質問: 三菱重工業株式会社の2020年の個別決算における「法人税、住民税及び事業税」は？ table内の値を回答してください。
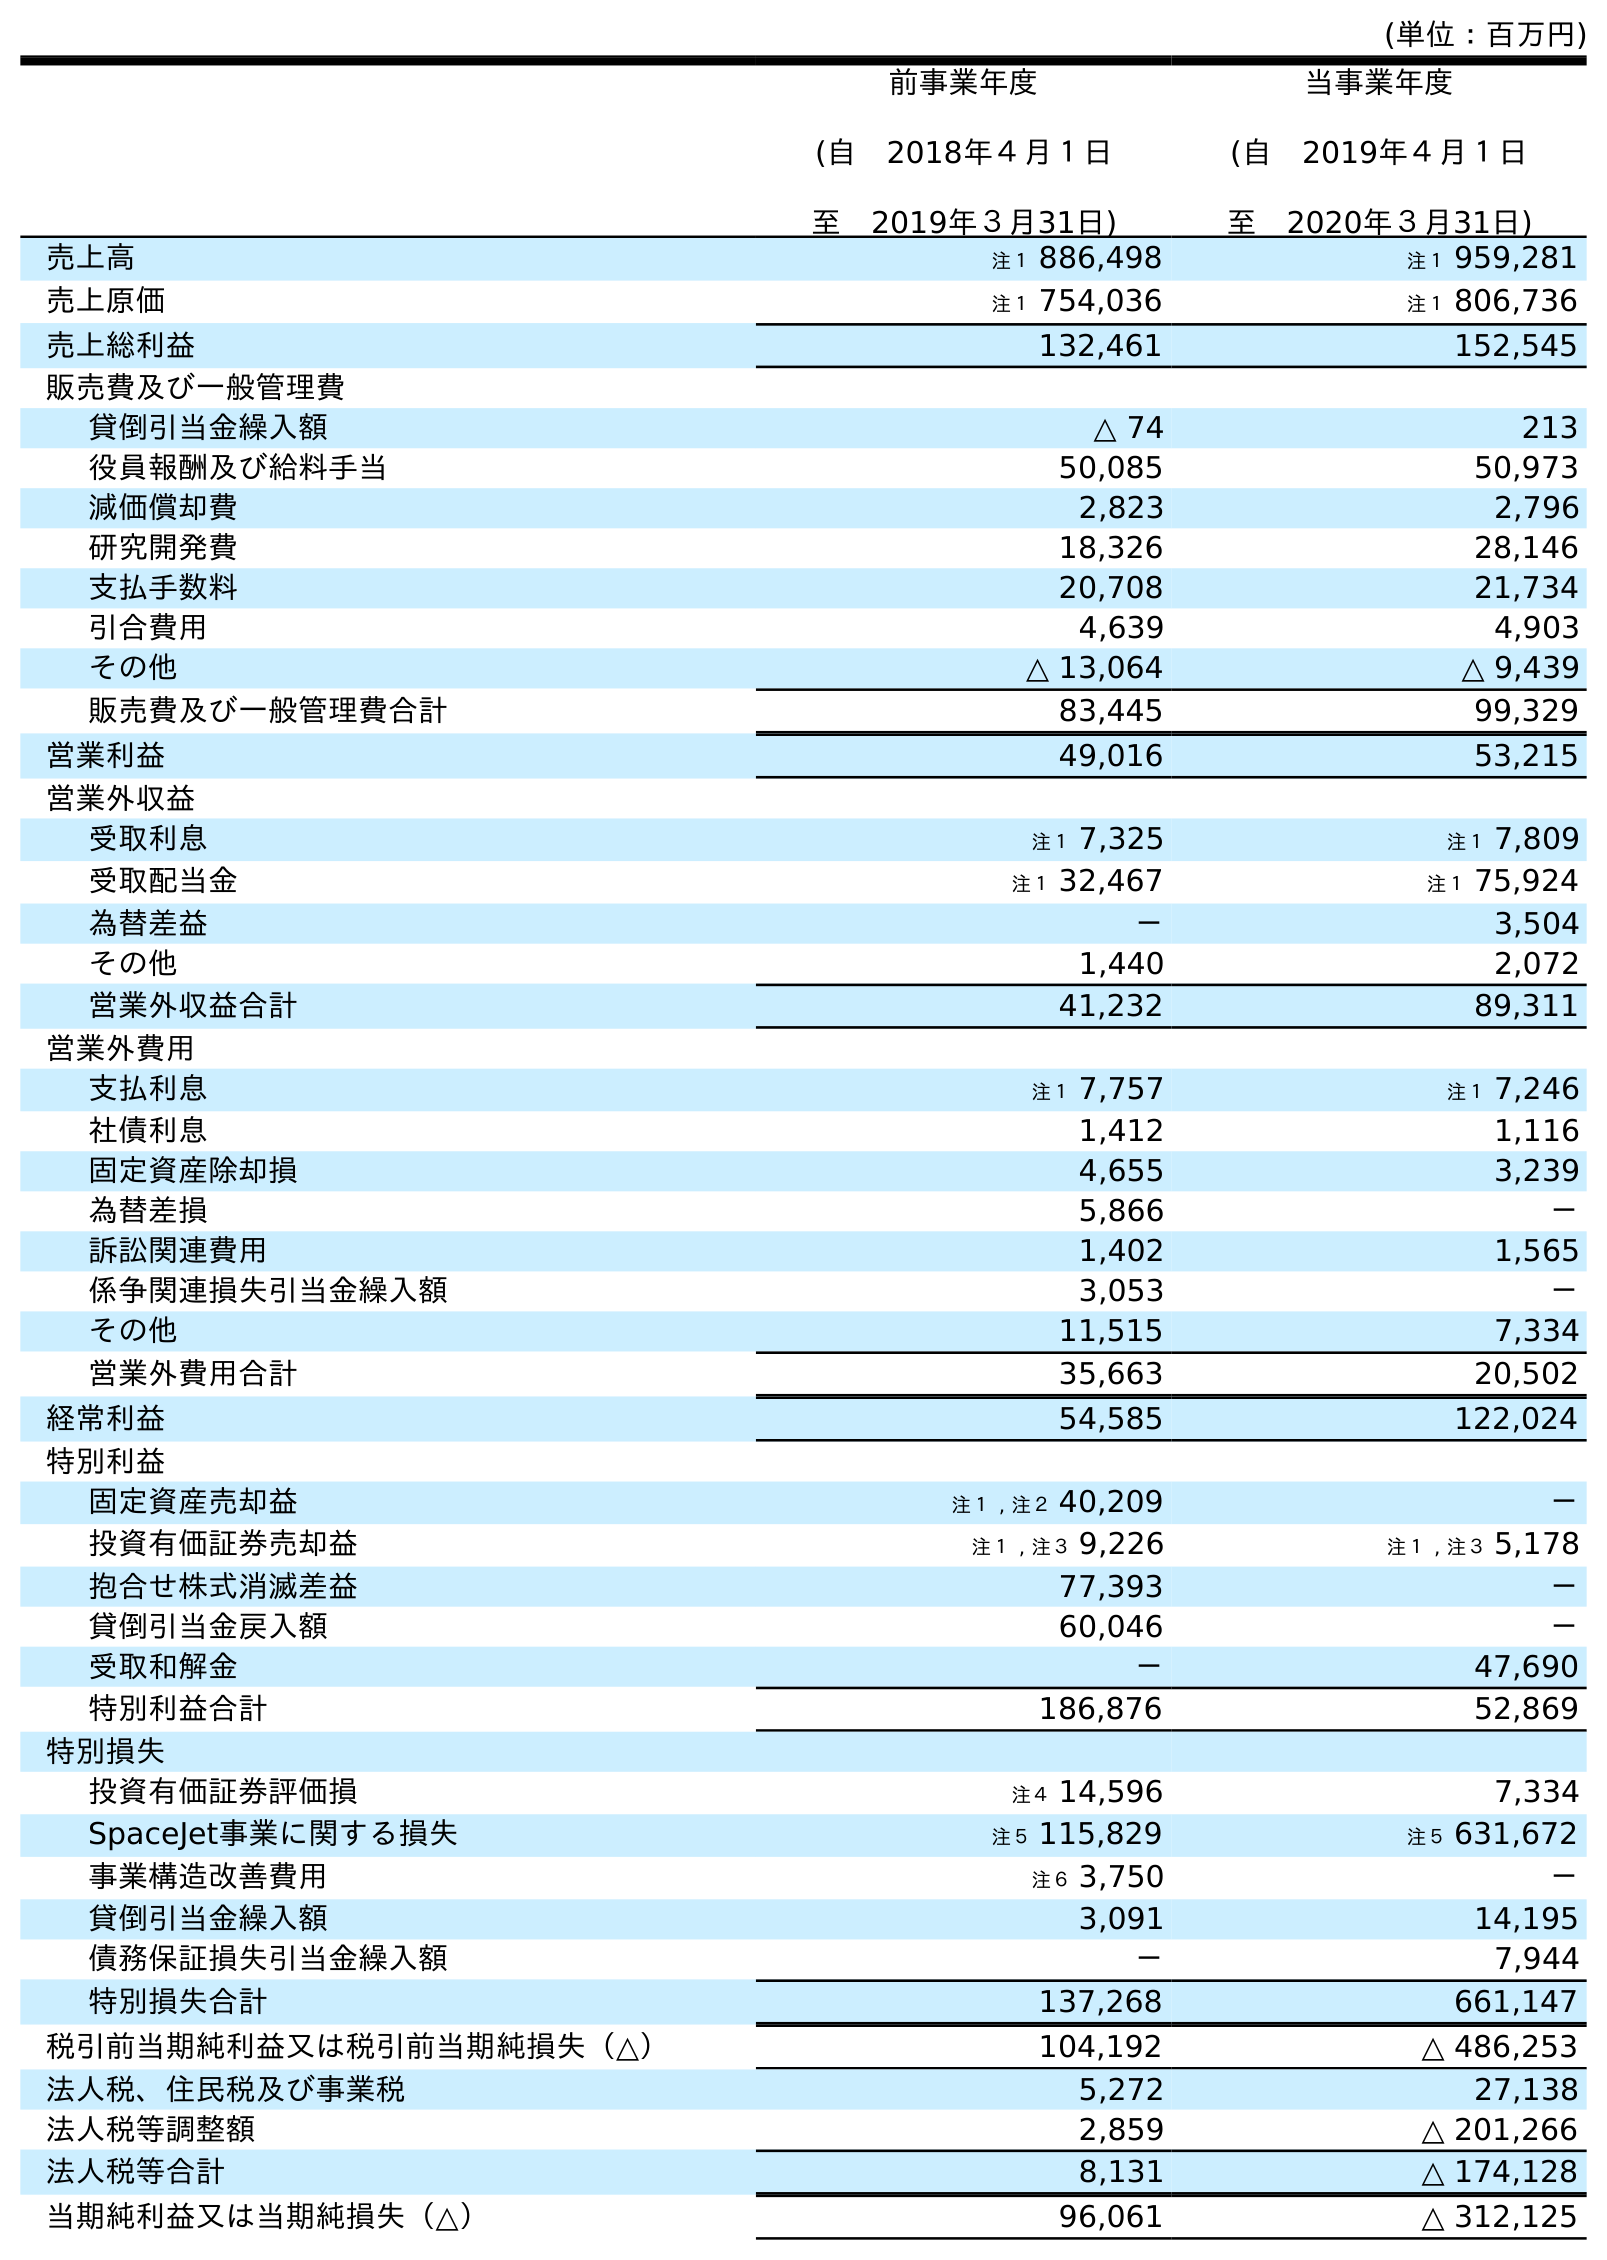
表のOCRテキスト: (単位：百万円) 前事業年度 (自 2018年４月１日 至 2019年３月31日) 当事業年度 (自 2019年４月１日 至 2020年３月31日) 売上高 注１ 886,498 注１ 959,281 売上原価 注１ 754,036 注１ 806,736 売上総利益 132,461 152,545 販売費及び一般管理費 貸倒引当金繰入額 △ 74 213 役員報酬及び給料手当 50,085 50,973 減価償却費 2,823 2,796 研究開発費 18,326 28,146 支払手数料 20,708 21,734 引合費用 4,639 4,903 その他 △ 13,064 △ 9,439 販売費及び一般管理費合計 83,445 99,329 営業利益 49,016 53,215 営業外収益 受取利息 注１ 7,325 注１ 7,809 受取配当金 注１ 32,467 注１ 75,924 為替差益 － 3,504 その他 1,440 2,072 営業外収益合計 41,232 89,311 営業外費用 支払利息 注１ 7,757 注１ 7,246 社債利息 1,412 1,116 固定資産除却損 4,655 3,239 為替差損 5,866 － 訴訟関連費用 1,402 1,565 係争関連損失引当金繰入額 3,053 － その他 11,515 7,334 営業外費用合計 35,663 20,502 経常利益 54,585 122,024 特別利益 固定資産売却益 注１ , 注２ 40,209 － 投資有価証券売却益 注１ , 注３ 9,226 注１ , 注３ 5,178 抱合せ株式消滅差益 77,393 － 貸倒引当金戻入額 60,046 － 受取和解金 － 47,690 特別利益合計 186,876 52,869 特別損失 投資有価証券評価損 注４ 14,596 7,334 SpaceJet事業に関する損失 注５ 115,829 注５ 631,672 事業構造改善費用 注６ 3,750 － 貸倒引当金繰入額 3,091 14,195 債務保証損失引当金繰入額 － 7,944 特別損失合計 137,268 661,147 税引前当期純利益又は税引前当期純損失（△） 104,192 △ 486,253 法人税、住民税及び事業税 5,272 27,138 法人税等調整額 2,859 △ 201,266 法人税等合計 8,131 △ 174,128 当期純利益又は当期純損失（△） 96,061 △ 312,125
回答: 27,138